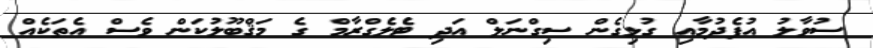
ސުވާލު އުފެދުމާއި ގުޅިގެން ސިގްނަލް އަދި ޓެލެގްރާމް ގެ މަޤްބޫލުކަން ވެސް އެތަކެއް